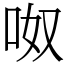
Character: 呶